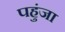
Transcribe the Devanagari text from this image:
पहुंजा